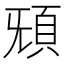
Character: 𩑬